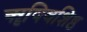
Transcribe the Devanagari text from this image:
ॠषिवशिष्ठ